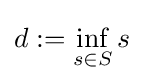
d:=\inf _{s\in S}s